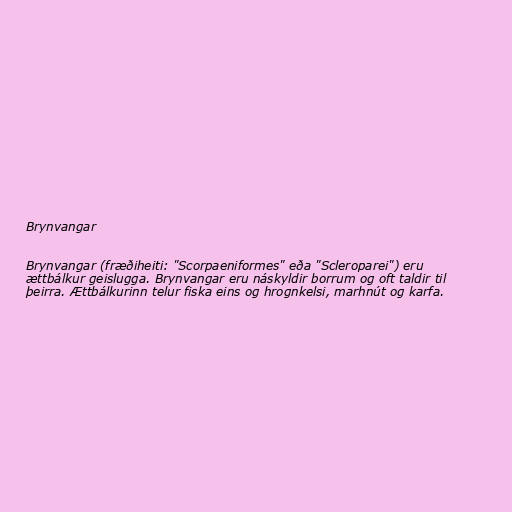
Brynvangar

Brynvangar (fræðiheiti: "Scorpaeniformes" eða "Scleroparei") eru
ættbálkur geislugga. Brynvangar eru náskyldir borrum og oft taldir til
þeirra. Ættbálkurinn telur fiska eins og hrognkelsi, marhnút og karfa.